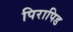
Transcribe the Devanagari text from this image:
पिरापिड